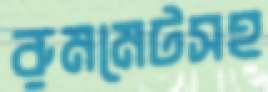
রুমমেটসহ